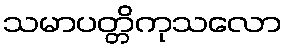
သမာပတ္တိကုသလော